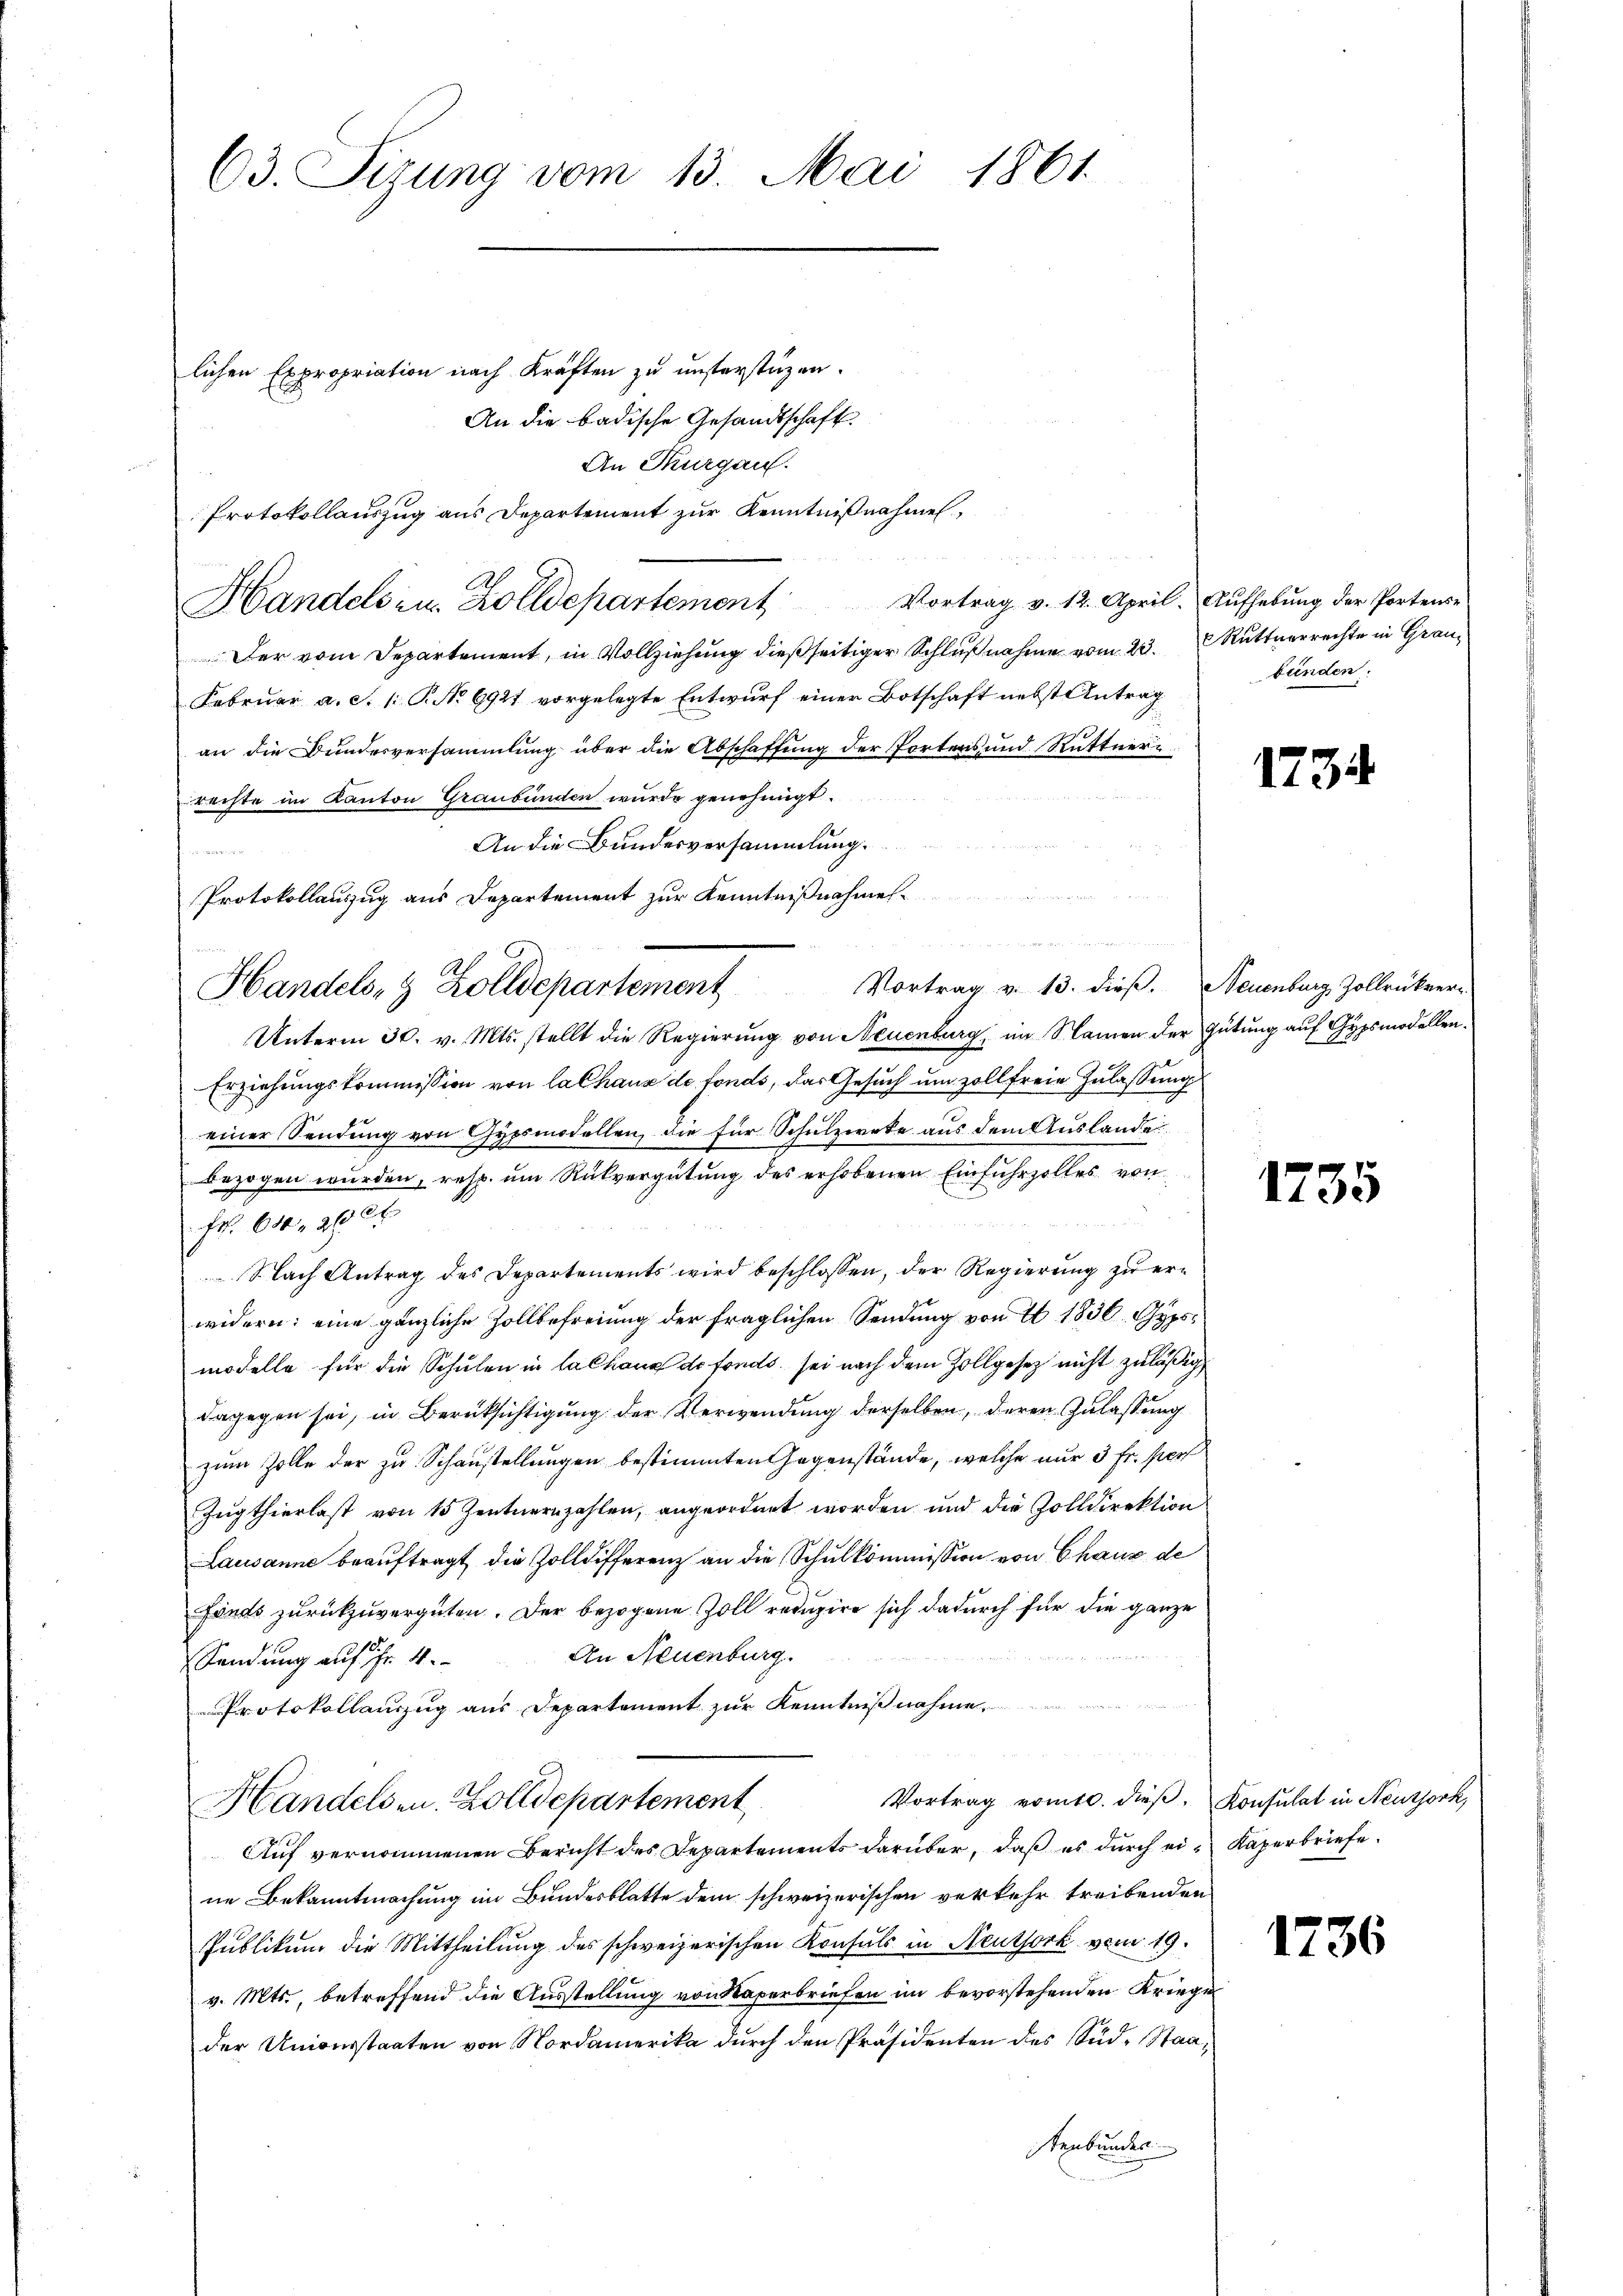
63. Sizung vom 13. Mai 1861.

lichen Expropriation nach Kräften zu unsterstüzen.
An die badische Gesandtschaft.
An Thurgau.
Protokollauszug aus Departement zur Kenntnißnahmen
Handels zu. Zolldepartement Vortrag v. 12. April. Aufhebung der Portense
Der vom Departement, in Vollziehung dießseitiger Schlußnahme vom 23. Rutterrechte in Grau¬
Februar a.c. (T. No 6921 vorgelegte Entwurf einer Botschaft nebst Antrag
an die Bundesversammlung über die Abschaffung der Portens und Rüttner
rechte im Kanton Graubünden wurde genehmigt.
An die Bundesversammlung.
Protokollauszug aus Departement zur Kenntnißnahmen
Vortrag v. 13. dieß.
Unterm 30. v. Mts. stellt die Regierung von Neuenburg, im Namen der Gütung auf Gypsmodellen.
Erziehungskommission von lalhaus de fonds, das Gesuch um soll freie Zulassung
Typsmodellen, die für Schulzwete aus dem Auslande
einer Sendung von
bezogen wurden, resp. um Rückvergütung des erhobenen Einfuhrzolles von
 Fr. 600, 20 x
Nach Antrag des Departements wird beschlossen, der Regierung zu erwidern: eine gänzliche Zollbefreiung der fraglichen Sendung von I 1836. Gypsmodelle für die Schulen in la chang des fonds sei nach dem Zollgesetz nicht zuläßig
dagegen sei, in Berücksichtigung der Verwendung derselben, deren Zulassung
zum Zolle der zu Schaustellungen bestimmten Gegenstände, welche nur 3 fr. pers
Zugthierlast von 15 Zentnern zahlen, angeordnet worden und die Zolldirektion
Lausanne beaŭftragt die Zolldifferenz an die Schulkommission von Chauz de
Fonds zurückzuvergüten. Der bezogene Zoll reduzire sich dadurch für die ganze
e
An Neuenburg.
Sendung auf Fr. 4.

Protokollauszug aus Departement zur Kenntnißnahme,
Vortrag vomtl. dieβ. Konsulat in Neussork,
Handelsen. Zolldepartement
Auf vernommenen Bericht des Departements darüber, daß es durch ein Kaperbriefe.
ne Bekanntmachung im Bundesblatte dem schweizerischen verkehr treibenden
Publikum die Mittheilung des schweizerischen Konsuls in Neuthork vom 19.
v. Mts., betreffend die Ausstellung von Naperbriefen im bevorstehenden Kriege
der Universtaaten von Nordamerika durch den Präsidenten des Süd-Staatenbunden

Handels- & Zolldepartement

.

n

bünden.

173

Neuenburg, Zollrückver¬

1735

1736